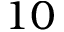
1 0